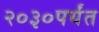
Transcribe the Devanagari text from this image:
२०३०पर्यंत